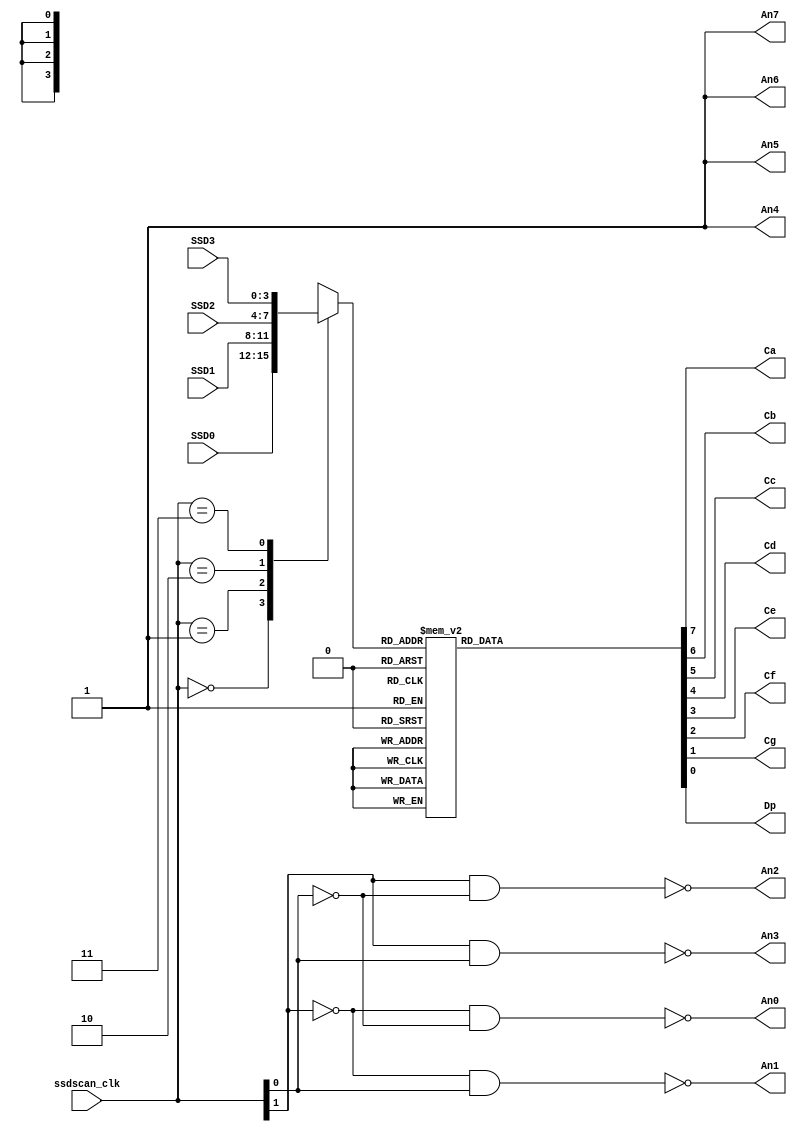
module ssd_controller (
    input wire [1:0] ssdscan_clk,

    input wire [3:0]	SSD3, SSD2, SSD1, SSD0,
    // SSD signals
    
	output An0, An1, An2, An3, An4, An5, An6, An7,
    output Ca, Cb, Cc, Cd, Ce, Cf, Cg, Dp
	
);
    reg [3:0]	SSD;
	reg [7:0] SSD_CATHODES;
	// Turn on one of the 4 anodes

	assign An0	= !(~(ssdscan_clk[1]) && ~(ssdscan_clk[0]));  // when ssdscan_clk = 00
	assign An1	= !(~(ssdscan_clk[1]) &&  (ssdscan_clk[0]));  // when ssdscan_clk = 01
	assign An2	=  !((ssdscan_clk[1]) && ~(ssdscan_clk[0]));  // when ssdscan_clk = 10
	assign An3	=  !((ssdscan_clk[1]) &&  (ssdscan_clk[0]));  // when ssdscan_clk = 11
    // Turn off another 4 anodes
    assign {An7, An6, An5, An4} = 4'b1111;
	
	always @ (ssdscan_clk, SSD0, SSD1, SSD2, SSD3)
	begin : SSD_SCAN_OUT
		case (ssdscan_clk) 
				  2'b00: SSD = SSD0;
				  2'b01: SSD = SSD1;
				  2'b10: SSD = SSD2;
				  2'b11: SSD = SSD3;
		endcase 
	end

    // Following is Hex-to-SSD conversion
	always @ (SSD) 
	begin : HEX_TO_SSD
		case (SSD) // in this solution file the dot points are made to glow by making Dp = 0
		    //                                                                abcdefg,Dp
			4'b0000: SSD_CATHODES = 8'b00000010; // 0
			4'b0001: SSD_CATHODES = 8'b10011110; // 1
			4'b0010: SSD_CATHODES = 8'b00100100; // 2
			4'b0011: SSD_CATHODES = 8'b00001100; // 3
			4'b0100: SSD_CATHODES = 8'b10011000; // 4
			4'b0101: SSD_CATHODES = 8'b01001000; // 5
			4'b0110: SSD_CATHODES = 8'b01000000; // 6
			4'b0111: SSD_CATHODES = 8'b00011110; // 7
			4'b1000: SSD_CATHODES = 8'b00000000; // 8
			4'b1001: SSD_CATHODES = 8'b00001000; // 9
			4'b1010: SSD_CATHODES = 8'b00010000; // A
			4'b1011: SSD_CATHODES = 8'b11000000; // B
			4'b1100: SSD_CATHODES = 8'b01100010; // C
			4'b1101: SSD_CATHODES = 8'b10000100; // D
			4'b1110: SSD_CATHODES = 8'b01100000; // E
			4'b1111: SSD_CATHODES = 8'b01110000; // F    
			default: SSD_CATHODES = 8'bXXXXXXXX; // default is not needed as we covered all cases
		endcase

	end	

	assign {Ca, Cb, Cc, Cd, Ce, Cf, Cg, Dp} = {SSD_CATHODES};


endmodule